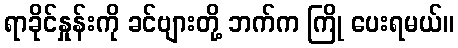
ရာခိုင်နှုန်းကို ခင်ဗျားတို့ ဘက်က ကြို ပေးရမယ်။